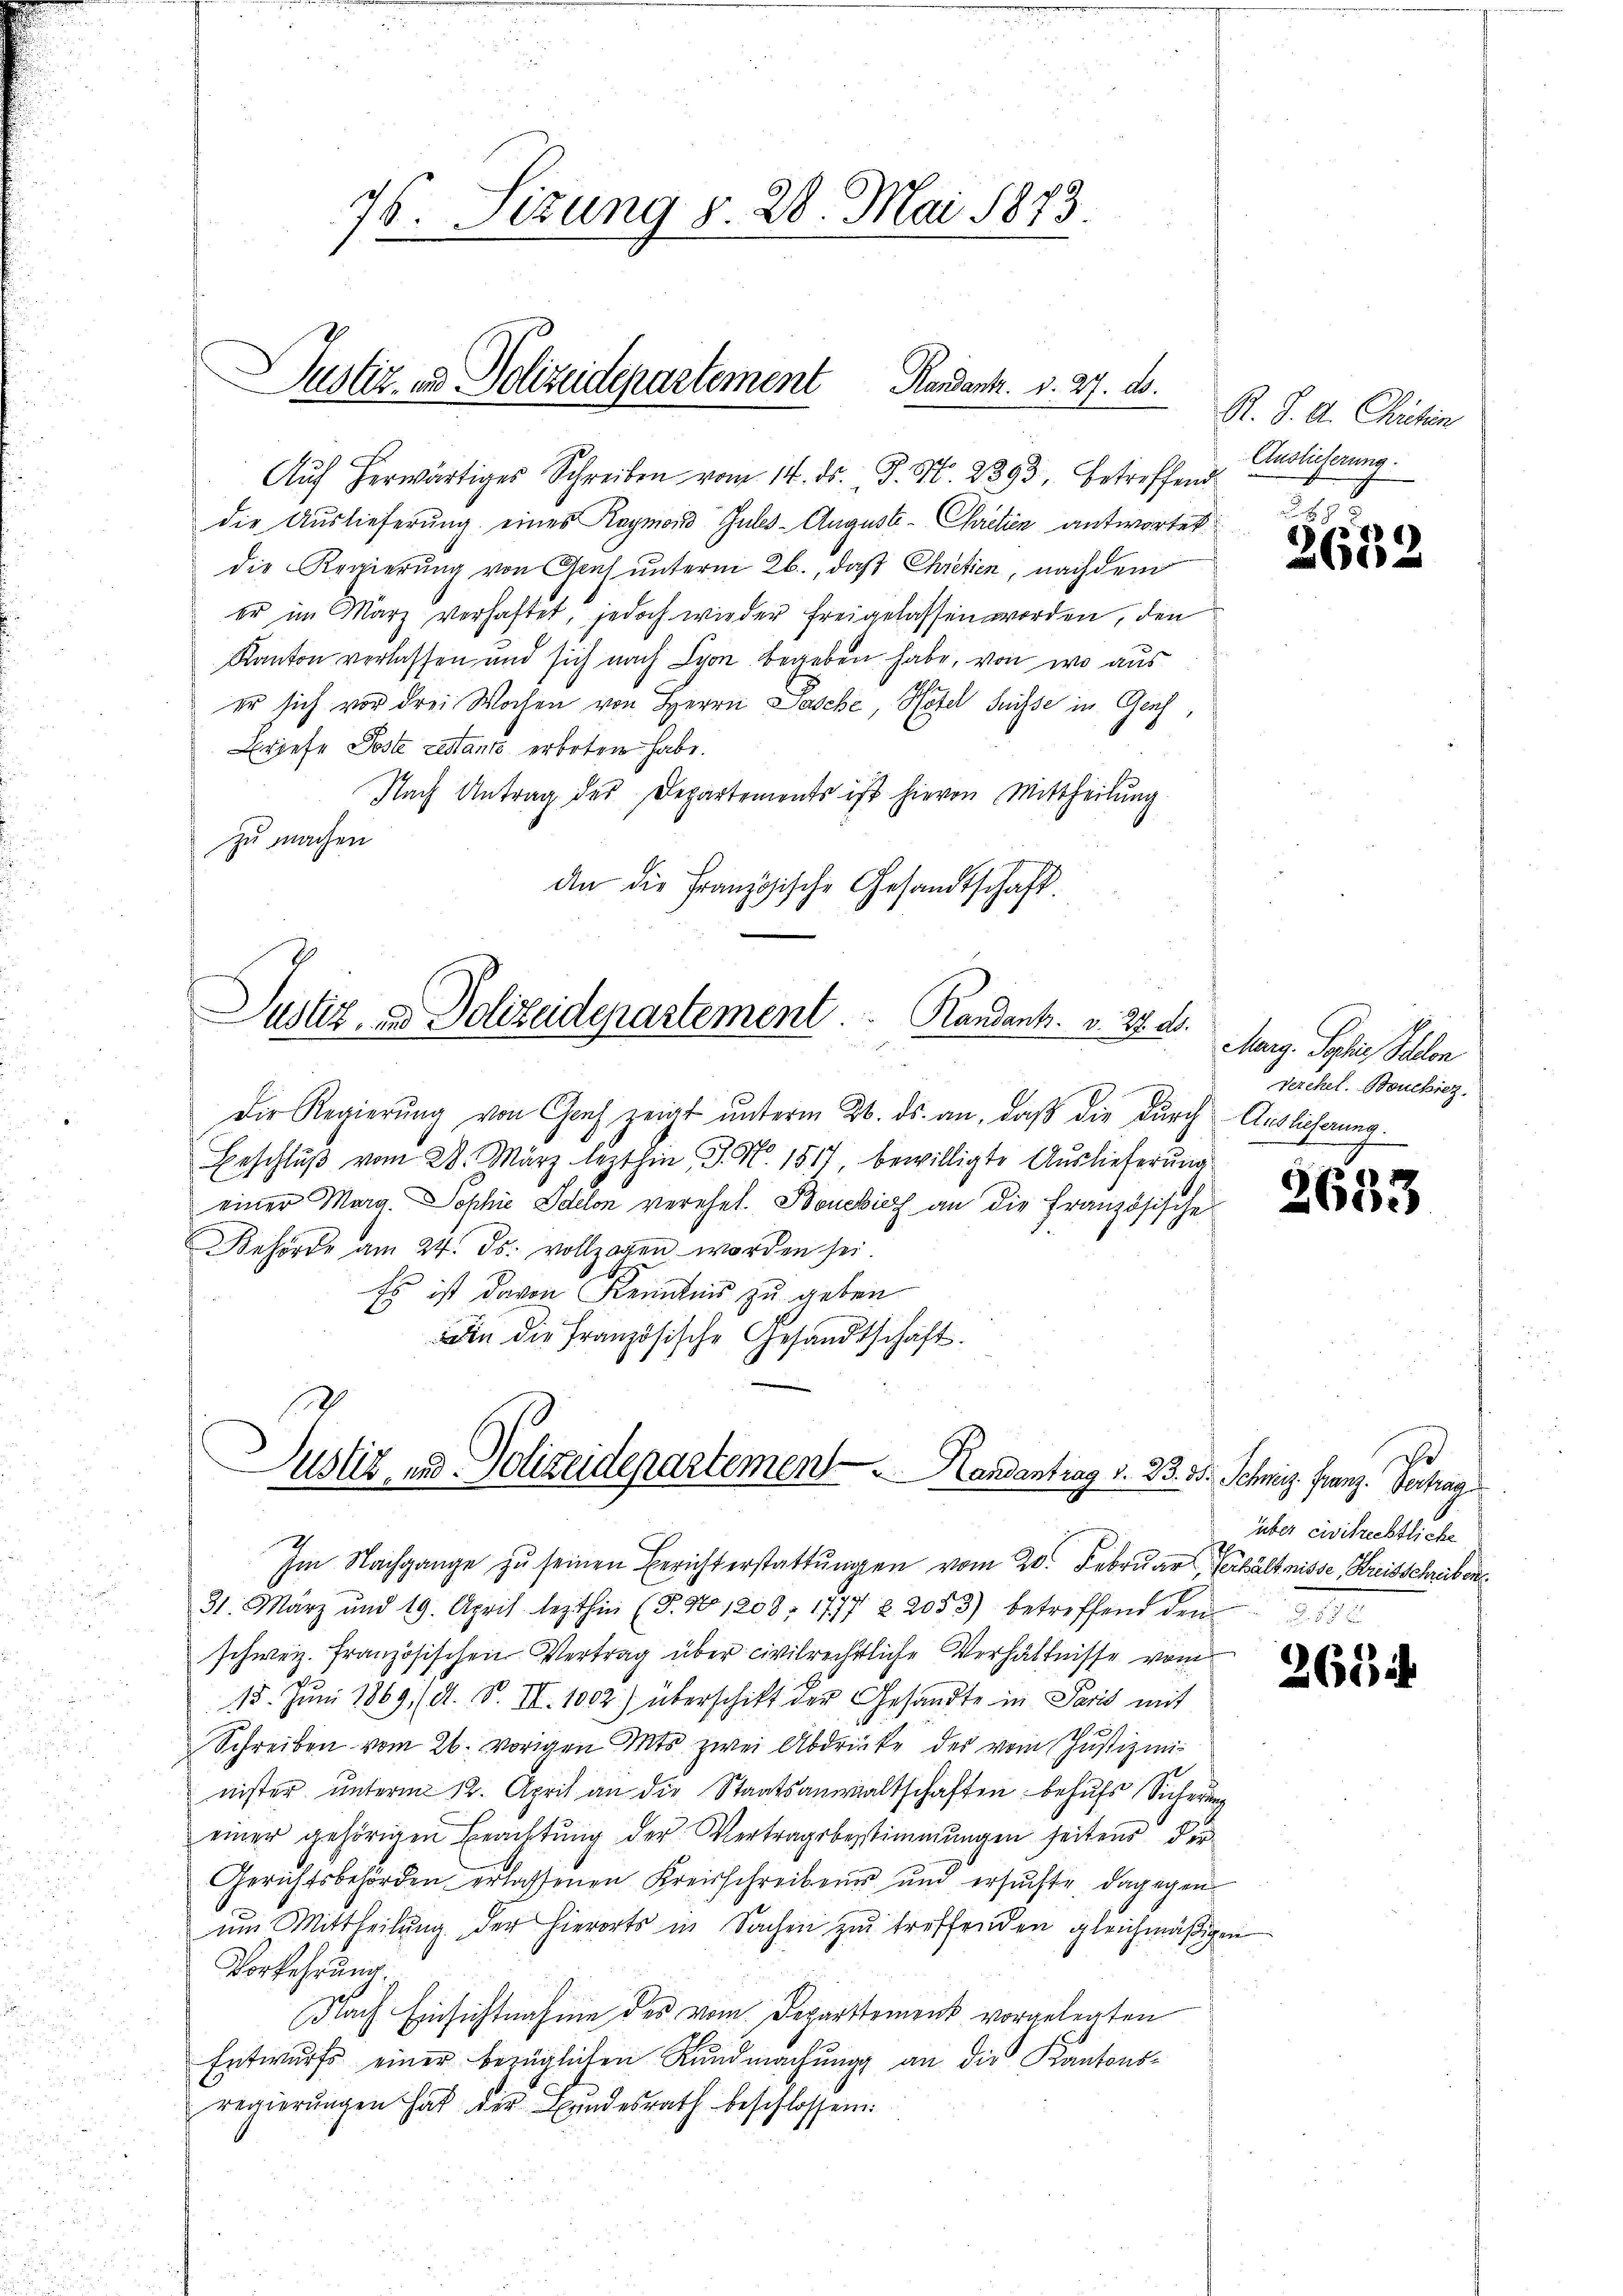
76. Sizung v. 28. Mai 1873.

Justiz- und Polizeidepartement Handank. d. 27. ds.

Aŭf herwärtiges Schreiben vom 14. ds. P. Nr. 2393. betreffend
die Auslieferung eines Raymond Gules-Auguste- Chretien antwortet
die Regierung von Genf unterm 26., daß Chretien, nachdem
er im März verhaftet, jedoch wieder freigelassen worden, den
Kanton verlassen und sich nach Lyon begeben habe, von wo aus
er sich vor drei Wochen von Herrn Pasche, Hotel Suisse in Genf,
Briefe Poste testante erboten habe.
Nach Antrag des Departements ist hievon Mittheilung
zu machen
An die Französische Gesandtschaft.

Justiz- & Polizeidepartement  .       Randant. v. 24. d.

Die Regierung von Genf zeigt unterm 26. ds. an, daß die durch Auslieferung.
Beschlŭβ vom 28. März lezthin J. N. 1517, bewilligte Auslieferung
einer Marg. Sophie Idelon verehet. Boneich an die Französische
Behörde am 24. ds. vollzogen worden sei.
Es ist davon Kenntnis zu geben
din die Französische Gesandtschaft.

ustiz- und Polizeidepartemen            Randantrag v. 23. 35. Schweiz. Franz. Vertrag

Im Nachgange zu seinen Berichterstattungen vom 20. Februar, Verhältnisse Kreisschreiben
31. März und 19. April lezthin (§. N. 1208. 1777 § 2053) betreffend den 3. 132
schweiz. Französischen Vertrag über civilrechtliche Verhältnisse vom
15. Jŭni 1869. (A. S. II. 1002) überschikt der Gesandte in Paris mit
2
Schreiben vom 26. vorigen Mits zwei Abdrücke des vom Justizminister ŭnterm 12. April an die Staatsanwaltschaften behufs Sicherung
einer gehörigen Beachtung der Vertragsbestimmungen seitens der
Gerichtsbehörden erlassenen Kreisschreibens und ersuchte dagegen
um Mittheilŭng der hierorts in Sachen zŭ treffenden gleichmäßigen
Vorkehrung.
Nach Einsichtnahme des vom Departement vorgelegten
Entwurfs einer bezüglichen Kundmachung an die Kantonsregierungen hat der Bundesrath beschlossen:

R. S. A. Christin
Auslieferung

88
t1)

Marg. Sophie Schelen
Verehel. Bouchiez

2633

über civilrechtliche

265